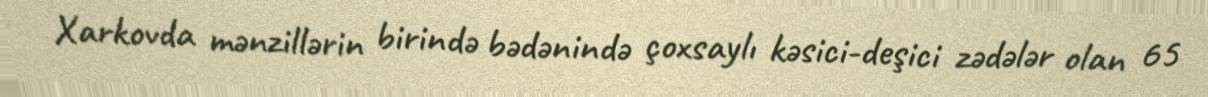
Xarkovda mənzillərin birində bədənində çoxsaylı kəsici-deşici zədələr olan 65